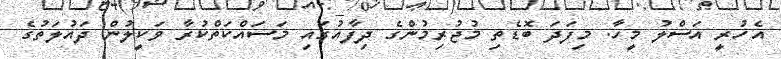
އެހުރީ އަސްލު މީހާ. މިފަދަ ބޮޑެތި މުޖުރިމުންގެ ދިފާއުގައި މަސައްކަތްކުރާ ވަކީލުން ދައުލަތުގެ